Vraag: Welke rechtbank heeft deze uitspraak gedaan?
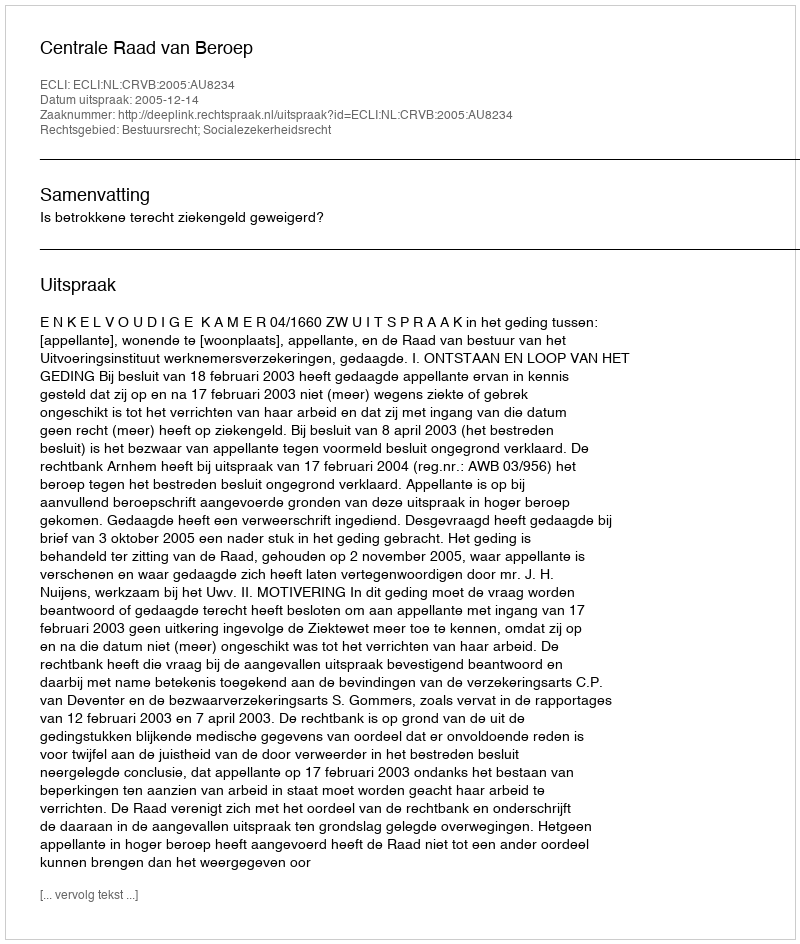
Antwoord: Centrale Raad van Beroep